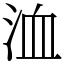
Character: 洫